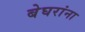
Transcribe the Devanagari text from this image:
बेघरांना